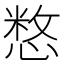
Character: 𢞽